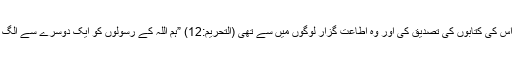
مریم بنت عمران نے اپنے رب کے ارشادات اور اس کی کتابوں کی تصدیق کی اور وہ اطاعت گزار لوگوں میں سے تھی (التحریم:12) ”ہم اللہ کے رسولوں کو ایک دوسرے سے الگ نہیں کرتے، ہم نے حکم سُنا اور اطاعت قبول کی۔